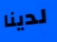
لدينا